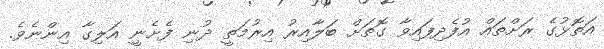
އަތޮޅުގެ ރަށްތައް އުފެދިފައިވާ ގޮތަށް ބަލާއިރު އިރުމަތީ ދުނި ފެށެނީ އަލިގާ އިންނެވެ.